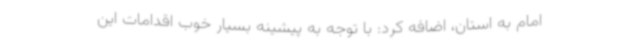
امام به استان، اضافه کرد: با توجه به پیشینه بسیار خوب اقدامات این